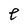
Character: e